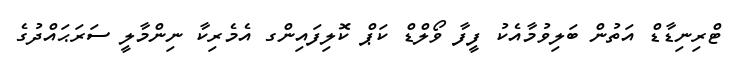
ޓްރިނިޑާޑް އަތުން ބަލިވުމާއެކު ފީފާ ވޯލްޑް ކަޕް ކޮލިފައިންގ އެމެރިކާ ނިންމާލީ ސަރަޙައްދުގެ